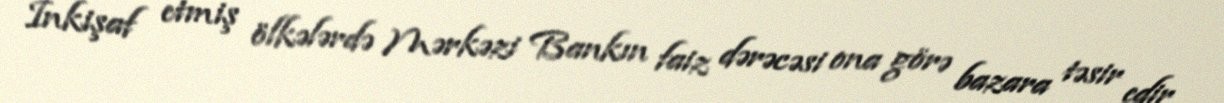
İnkişaf etmiş ölkələrdə Mərkəzi Bankın faiz dərəcəsi ona görə bazara təsir edir